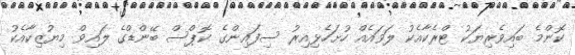
ކޮންމެ ބައިވެރިޔަކު ޓްރެކާއެކު ލަވައެއް ހުށަހެޅިއިރު ސިފައިންގެ ކޮޕްސް ބޭންޑްގެ ލައިވް މިޔުޒިކާއެކު